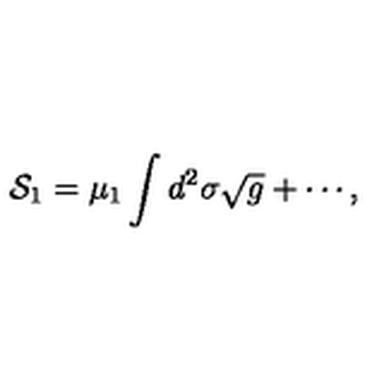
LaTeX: { \cal S } _ { 1 } = \mu _ { 1 } \int d ^ { 2 } \sigma \sqrt { g } + \cdots ,